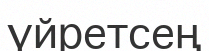
үйретсең